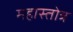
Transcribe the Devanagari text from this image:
महास्तोत्र